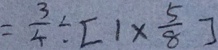
= \frac { 3 } { 4 } \div [ 1 \times \frac { 5 } { 8 } ]